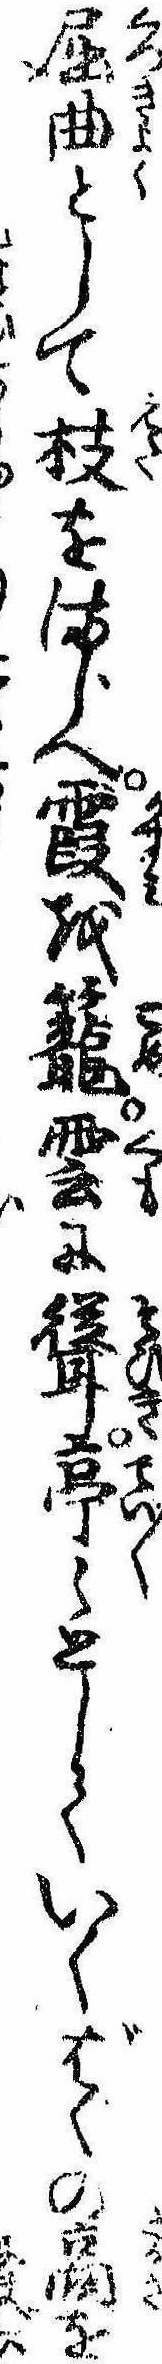
屈曲として枝をまじへ霞を篭雲に聳亭〻としていくばくの高を